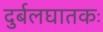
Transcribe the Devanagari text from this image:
दुर्बलघातकः